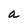
Character: a